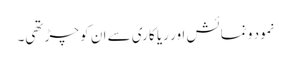
نمود و نمائش اور ریا کاری سے ان کو چڑ تھی۔